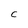
Character: C